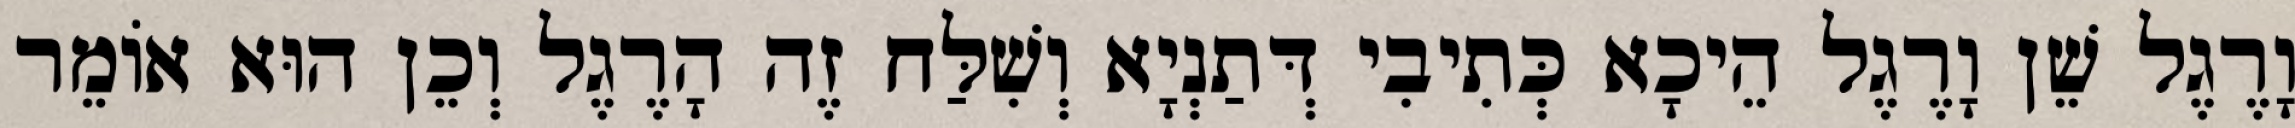
וָרֶגֶל שֵׁן וָרֶגֶל הֵיכָא כְּתִיבִי דְּתַנְיָא וְשִׁלַּח זֶה הָרֶגֶל וְכֵן הוּא אוֹמֵר